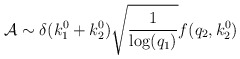
\begin{align*}{\cal A} \sim \delta (k_{1}^{0}+k_{2}^{0})\sqrt{\frac{1}{{\rm log}(q_{1})}}f(q_{2},k_{2}^{0}) \end{align*}